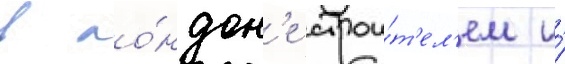
в ло́ндон'е строи́т'ел'ем и́